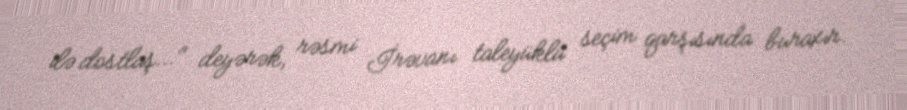
ilə dostlaş..." deyərək, rəsmi İrəvanı taleyüklü seçim qarşısında buraxır.